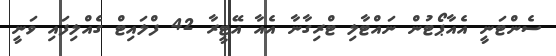
ސެންޓަނީ އެއާޕޯޓުން ނައްޓާލި ޓްރިގާނާ އެއާ އޭޓީރާ 42 ފްލައިޓް ގެއްލިފައި ވަނީ